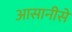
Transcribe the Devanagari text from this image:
आसानीसे